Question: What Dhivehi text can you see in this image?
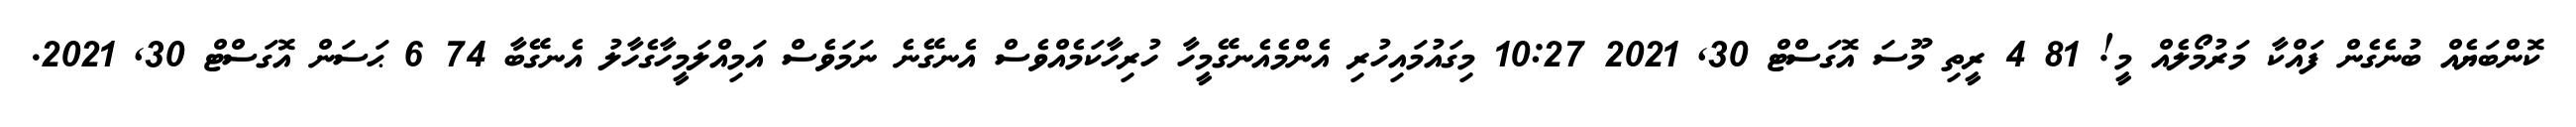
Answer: ކޮންބަޔެއް ބުނެގެން ފައްކާ މަރުމޯލެއް މީ! 81 4 ރީތި މޫސަ އޮގަސްޓް 30, 2021 10:27 މިގައުމައިހުރި އެންމެއެނގޭމީހާ ހުރިހާކަމެއްވެސް އެނގޭނެ ނަމަވެސް އަމިއްލަމީހާގެހާލު އެނގޭބާ 74 6 ޙަސަން އޮގަސްޓް 30, 2021.